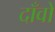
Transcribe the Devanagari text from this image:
दाँवों